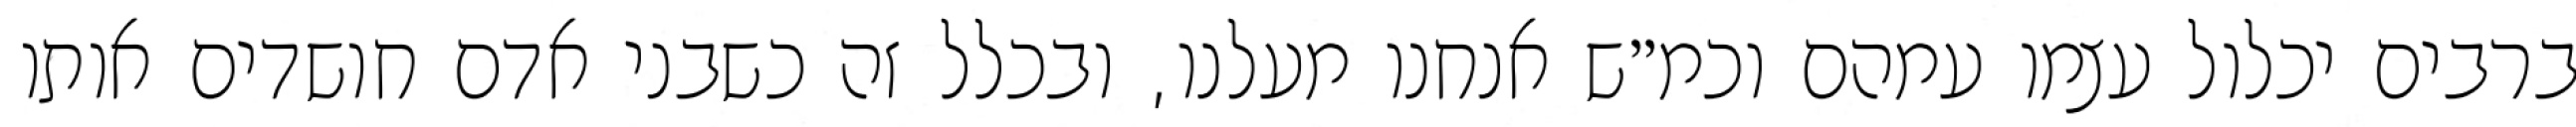
ברבים יכלול עצמו עמהם וכמ״ש אנחנו מעלנו, ובכלל זה כשבני אדם חושדים אותו